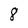
Character: 8